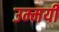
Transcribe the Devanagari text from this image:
उम्मयी